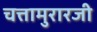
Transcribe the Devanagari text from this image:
चत्तामुरारजी